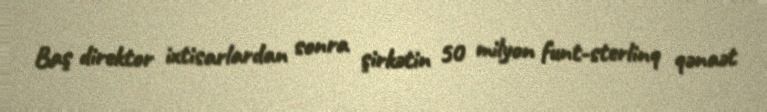
Baş direktor ixtisarlardan sonra şirkətin 50 milyon funt-sterlinq qənaət